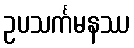
ဥပသင်္ကမနဿ